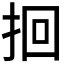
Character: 𫝻